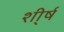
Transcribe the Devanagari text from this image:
शी्र्ष